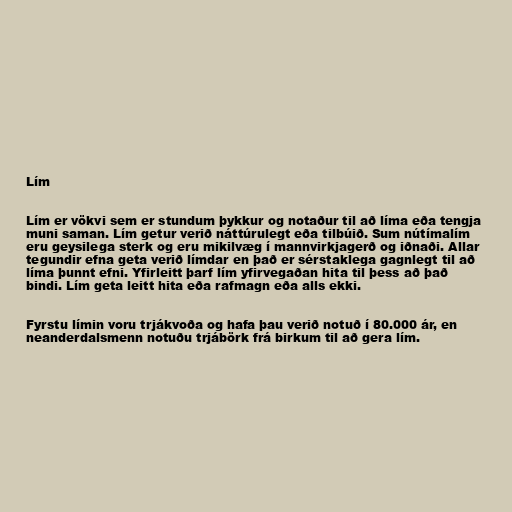
Lím

Lím er vökvi sem er stundum þykkur og notaður til að líma eða tengja
muni saman. Lím getur verið náttúrulegt eða tilbúið. Sum nútímalím
eru geysilega sterk og eru mikilvæg í mannvirkjagerð og iðnaði. Allar
tegundir efna geta verið límdar en það er sérstaklega gagnlegt til að
líma þunnt efni. Yfirleitt þarf lím yfirvegaðan hita til þess að það
bindi. Lím geta leitt hita eða rafmagn eða alls ekki.

Fyrstu límin voru trjákvoða og hafa þau verið notuð í 80.000 ár, en
neanderdalsmenn notuðu trjábörk frá birkum til að gera lím.